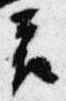
衣